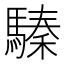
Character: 𩥚